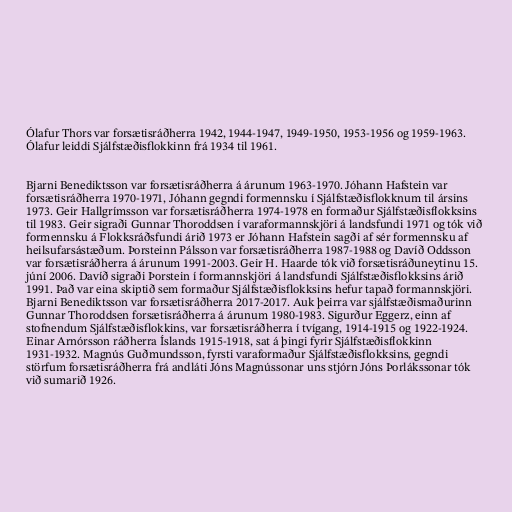
Ólafur Thors var forsætisráðherra 1942, 1944-1947, 1949-1950, 1953-1956 og 1959-1963.
Ólafur leiddi Sjálfstæðisflokkinn frá 1934 til 1961.

Bjarni Benediktsson var forsætisráðherra á árunum 1963-1970. Jóhann Hafstein var
forsætisráðherra 1970-1971, Jóhann gegndi formennsku í Sjálfstæðisflokknum til ársins
1973. Geir Hallgrímsson var forsætisráðherra 1974-1978 en formaður Sjálfstæðisflokksins
til 1983. Geir sigraði Gunnar Thoroddsen í varaformannskjöri á landsfundi 1971 og tók við
formennsku á Flokksráðsfundi árið 1973 er Jóhann Hafstein sagði af sér formennsku af
heilsufarsástæðum. Þorsteinn Pálsson var forsætisráðherra 1987-1988 og Davíð Oddsson
var forsætisráðherra á árunum 1991-2003. Geir H. Haarde tók við forsætisráðuneytinu 15.
júní 2006. Davíð sigraði Þorstein í formannskjöri á landsfundi Sjálfstæðisflokksins árið
1991. Það var eina skiptið sem formaður Sjálfstæðisflokksins hefur tapað formannskjöri.
Bjarni Benediktsson var forsætisráðherra 2017-2017. Auk þeirra var sjálfstæðismaðurinn
Gunnar Thoroddsen forsætisráðherra á árunum 1980-1983. Sigurður Eggerz, einn af
stofnendum Sjálfstæðisflokkins, var forsætisráðherra í tvígang, 1914-1915 og 1922-1924.
Einar Arnórsson ráðherra Íslands 1915-1918, sat á þingi fyrir Sjálfstæðisflokkinn
1931-1932. Magnús Guðmundsson, fyrsti varaformaður Sjálfstæðisflokksins, gegndi
störfum forsætisráðherra frá andláti Jóns Magnússonar uns stjórn Jóns Þorlákssonar tók
við sumarið 1926.